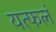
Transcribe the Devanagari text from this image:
यत्फलं